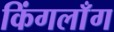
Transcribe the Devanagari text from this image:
किंगलाँग